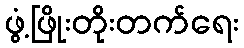
ဖွံ့ဖြိုးတိုးတက်ရေး